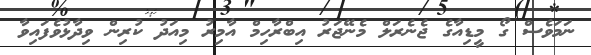
ނަމަވެސް ގޯ މީޑިއާގެ ޖެނެރަލް މެނޭޖަރު އިބްރާހިމް އާމިރު މިއަދު ކުރިން ވިދާޅުވެފައިވާ